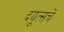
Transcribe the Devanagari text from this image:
दयूत्सचें